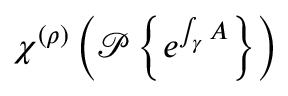
\chi ^ { ( \rho ) } \left( { \mathcal { P } } \left\{ e ^ { \int _ { \gamma } A } \right\} \right)